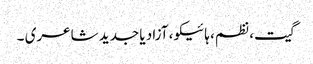
گیت، نظم، ہائیکو، آزاد یا جدید شاعری ۔